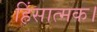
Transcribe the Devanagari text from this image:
हिंसात्मक।